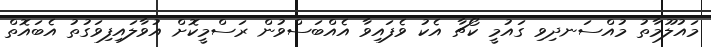
މައުލޫމާތު މުއްސަނދިވި ގައުމީ ކޯޗާ އެކު ވެފައިވާ އެއްބަސްވުން ރަސްމީކޮށް އުވާލައިފިވަގުތު އެބައޮތް